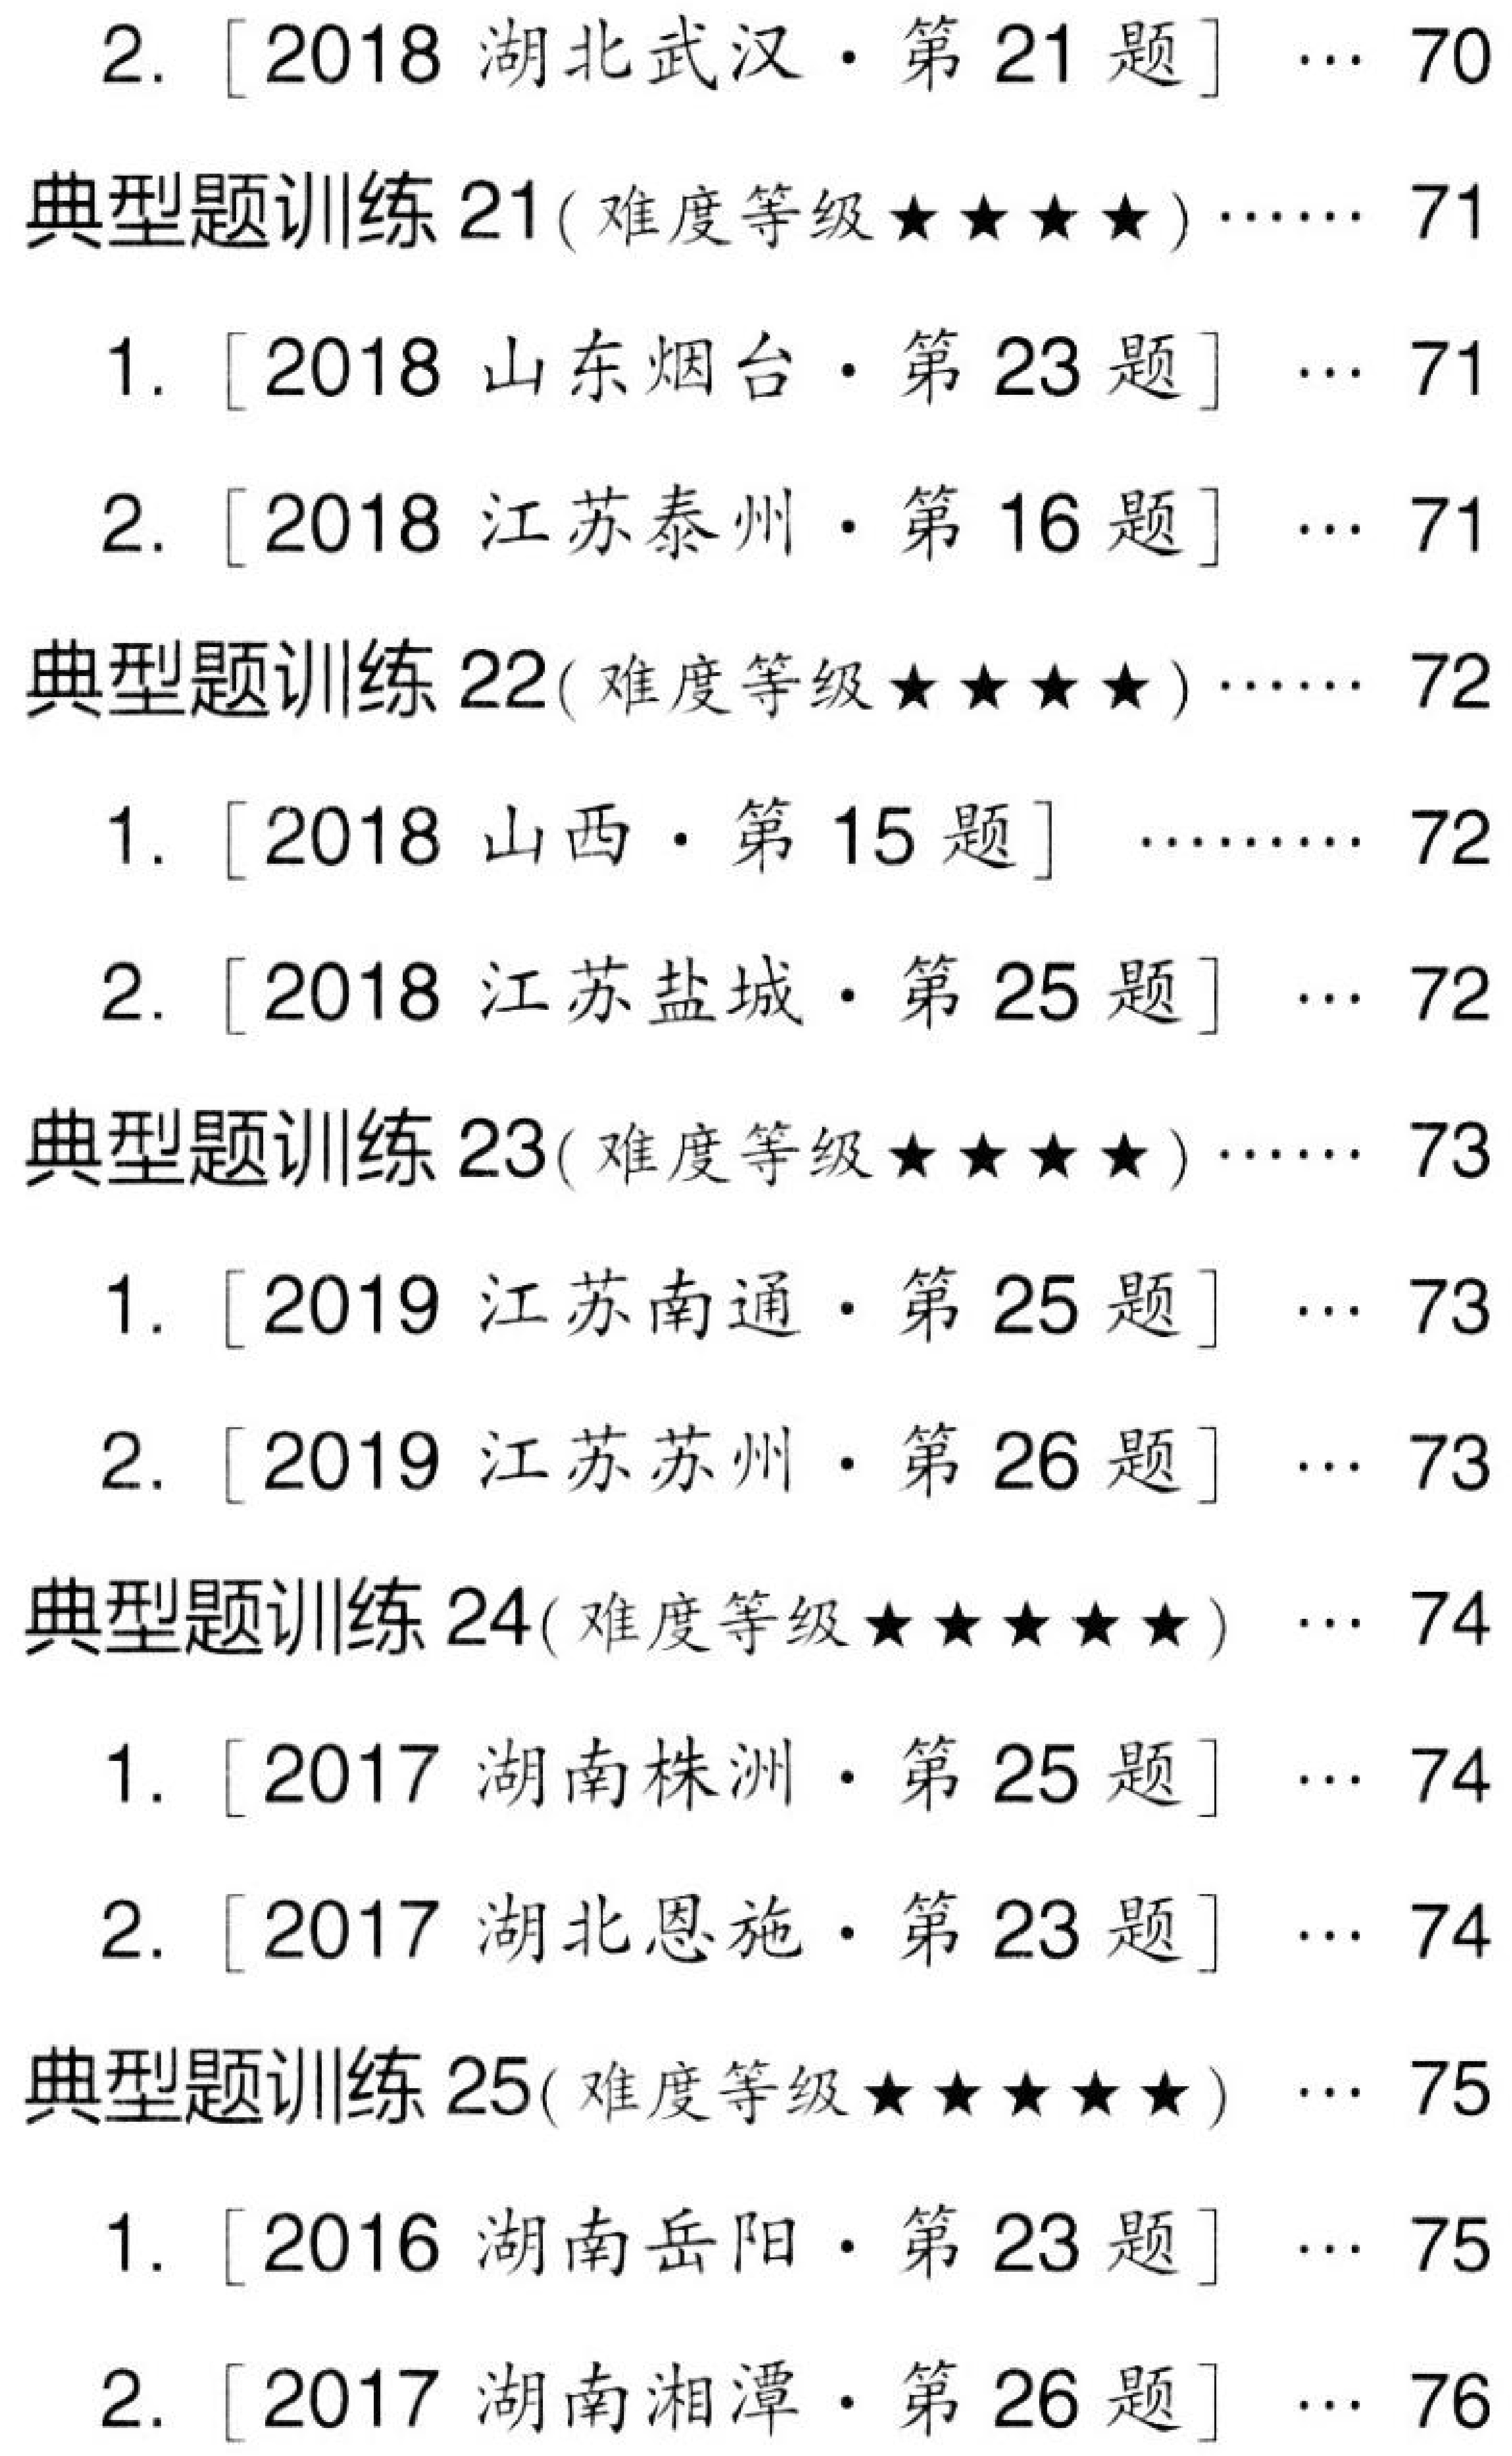
2. [2018 湖北武汉·第 21 题] $\cdots$ 70
典型题训练 \(21(\)难度等级\(★★★★)\cdots\cdots 71\)
1. [2018 山东烟台·第 23 题] $\cdots$ 71
2. [2018 江苏泰州·第 16 题] $\cdots$ 71
典型题训练 \(22(\)难度等级\(★★★★)\cdots\cdots 72\)
1. [2018 山西·第 15 题] $\cdots\cdots\cdots$ 72
2. [2018 江苏盐城·第 25 题] $\cdots$ 72
典型题训练 \(23(\)难度等级\(★★★★)\cdots\cdots 73\)
1. [2019 江苏南通·第 25 题] $\cdots$ 73
2. [2019 江苏苏州·第 26 题] $\cdots$ 73
典型题训练 \(24(\)难度等级\(★★★★★)\cdots$ 74
1. [2017 湖南株洲·第 25 题] $\cdots$ 74
2. [2017 湖北恩施·第 23 题] $\cdots$ 74
典型题训练 \(25(\)难度等级\(★★★★★)\cdots$ 75
1. [2016 湖南岳阳·第 23 题] $\cdots$ 75
2. [2017 湖南湘潭·第 26 题] $\cdots$ 76